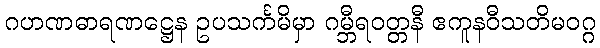
ဂဟဏဓာရဏဋ္ဌေန ဥပသင်္ကမိမှာ ဂမ္ဘီရဝတ္တနီ ဧကူနဝီသတိမဝဂ္ဂ